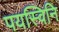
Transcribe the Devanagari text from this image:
पयस्विनि